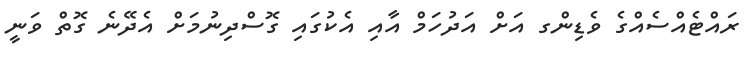
ރައްޓެއްސެއްގެ ވެޑިންގ އަށް އަދުހަމް އާއި އެކުގައި ގޮސްދިނުމަށް އެދޭނެ ގޮތް ވަނީ